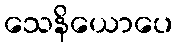
သေနိယောပေ